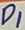
Text: D1